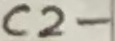
Text: C2-